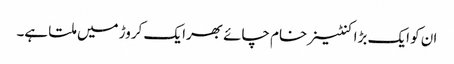
ان کو ایک بڑا کنٹینر خام چائے بھرا یک کروڑ میں ملتا ہے۔